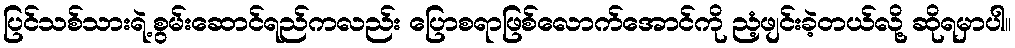
ပြင်သစ်သားရဲ့စွမ်းဆောင်ရည်ကလည်း ပြောစရာဖြစ်လောက်အောင်ကို ညံ့ဖျင်းခဲ့တယ်လို့ ဆိုရမှာပါ။